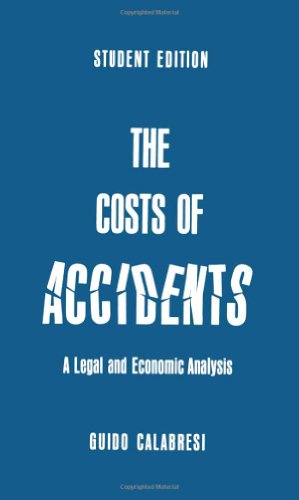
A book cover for The Costs of Accidents: A Legal and Economic Analysis; Guido Calabresi; Law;